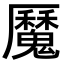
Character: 𩴣